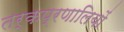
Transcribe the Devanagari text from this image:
तर्कप्रणालियों